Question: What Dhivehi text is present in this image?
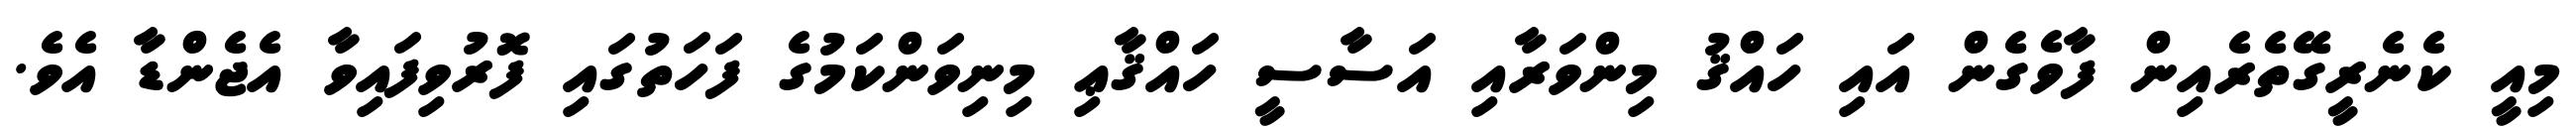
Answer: މިއީ ކެނެރީގޭތެރެއިން ފާވެގެން އައި ހައްޤު މިންވަރާއި އަސާސީ ހައްޤާޢި މިނިވަންކަމުގެ ފަހަތުގައި ފޮރުވިފައިވާ އެޖެންޑާ އެވެ.